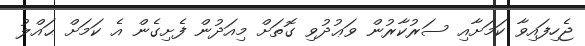
ޖެހިފައިވާ ކަމަށާއި ސަރުކާރުން ވަޢުދުވި ގޮތަށް މިއަދުން ފެށިގެން އެ ކަމަށް ޙައްލު